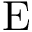
\mathrm { E }